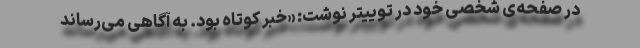
در صفحه‌ی شخصی خود در توییتر نوشت: «خبر کوتاه بود. به آگاهی می‌رساند